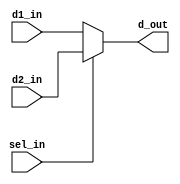
/************************************************* 
 
Copyright:Call_Me_ZK

File name:mul2t1.v

Author:ZK
 
Date:2020-08-10
 
Description:
	21
**************************************************/

module mul2t1

	#(parameter data_width = 32)

(d1_in, d2_in, sel_in, d_out);
	
	input [data_width-1:0] d1_in, d2_in;
	input sel_in;  //
	output reg [data_width-1:0] d_out;
	
	always@(d1_in, d2_in, sel_in) begin
		if(sel_in)
			d_out <= d2_in;
		else
			d_out <= d1_in;
	end

endmodule